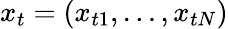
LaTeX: x_{t}=(x_{t1},\dots,x_{tN})